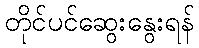
တိုင်ပင်ဆွေးနွေးရန်